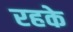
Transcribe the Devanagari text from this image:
रहके